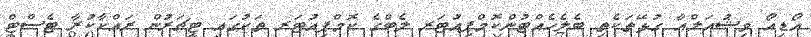
އޯޑިއޯ ވިޝުއަލްއާ ގުޅޭތަކެތި ބެލެހެއްޓުންކޮމްޕިއުޓަރ ލެބްގެ ކޮމްޕިއުޓަރ ތަކުގައި ޓީޗަރުން ރައްކާކުރާ ޓެސްޓް